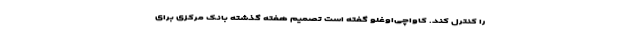
را کنترل کند. کاواچی‌اوغلو گفته است تصمیم هفته گذشته بانک مرکزی برای